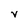
Character: v